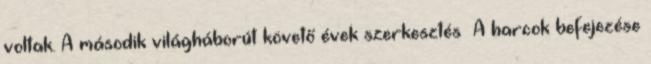
voltak. A második világháborút követő évek szerkesztés A harcok befejezése